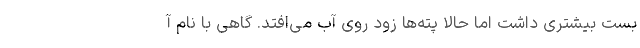
بست بیشتری داشت اما حالا پته‌ها زود روی آب می‌افتد. گاهی با نام آ